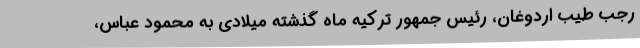
رجب طیب اردوغان، رئیس جمهور ترکیه ماه گذشته میلادی به محمود عباس،